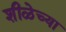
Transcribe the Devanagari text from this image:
शीळेच्या